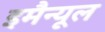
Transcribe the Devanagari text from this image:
इमैन्यूल